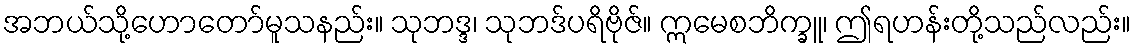
အဘယ်သို့ဟောတော်မူသနည်း။ သုဘဒ္ဒ၊ သုဘဒ်ပရိဗိုဇ်။ ဣမေစဘိက္ခူ၊ ဤရဟန်းတို့သည်လည်း။